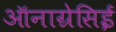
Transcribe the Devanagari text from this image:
ऑनाग्रेसिई